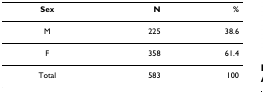
| Sex | N | % |
 | --- | --- | --- |
 | M | 225 | 38.6 |
 | F | 358 | 61.4 |
 | Total | 583 | 100 |